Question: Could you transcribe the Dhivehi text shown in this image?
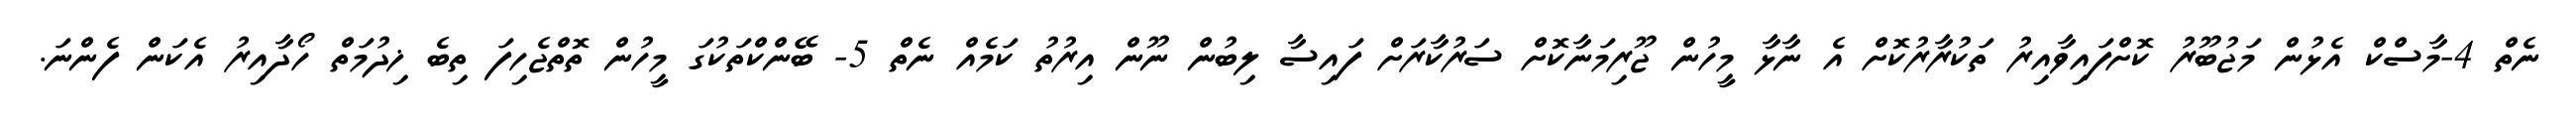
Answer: ނެތް 4-މާސްކް އެޅުން މަޖުބޫރު ކޮށްފައިވާއިރު ތަކުރާރުކޮށް އެ ނާޅާ މީހުން ޖޫރިމަނާކޮށް ސަރުކާރަށް ފައިސާ ލިބުން ނޫން އިރުތު ކަމެއް ނެތް 5- ބޭންކްތަކުގަ މީހުން ތޮތްޖެހިފަ ތިބެ ޚިދުމަތް ހޯދާއިރު އެކަން ފެންނަ.